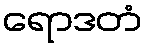
ရောဒတံ